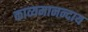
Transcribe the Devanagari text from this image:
काव्यमानन्दाय